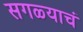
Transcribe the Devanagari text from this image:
सगळ्याचं